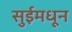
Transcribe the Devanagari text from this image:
सुईमधून